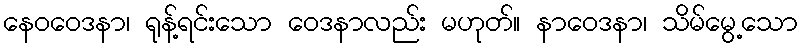
နေဝဝေဒနာ၊ ရုန့်ရင်းသော ဝေဒနာလည်း မဟုတ်။ နာဝေဒနာ၊ သိမ်မွေ့သော